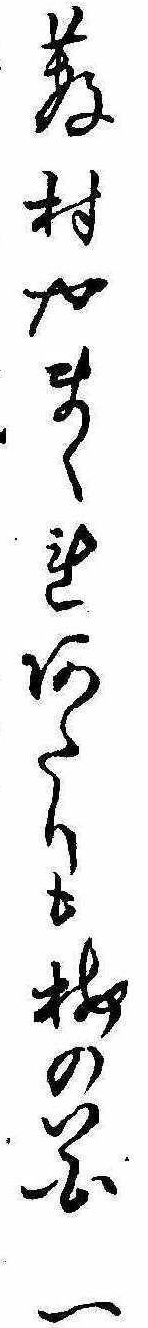
薮村やまくれあたりも梅の花一